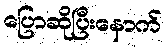
ပြောဆိုပြီးနောက်